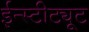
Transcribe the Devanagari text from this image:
ईन्स्टीट्यूट